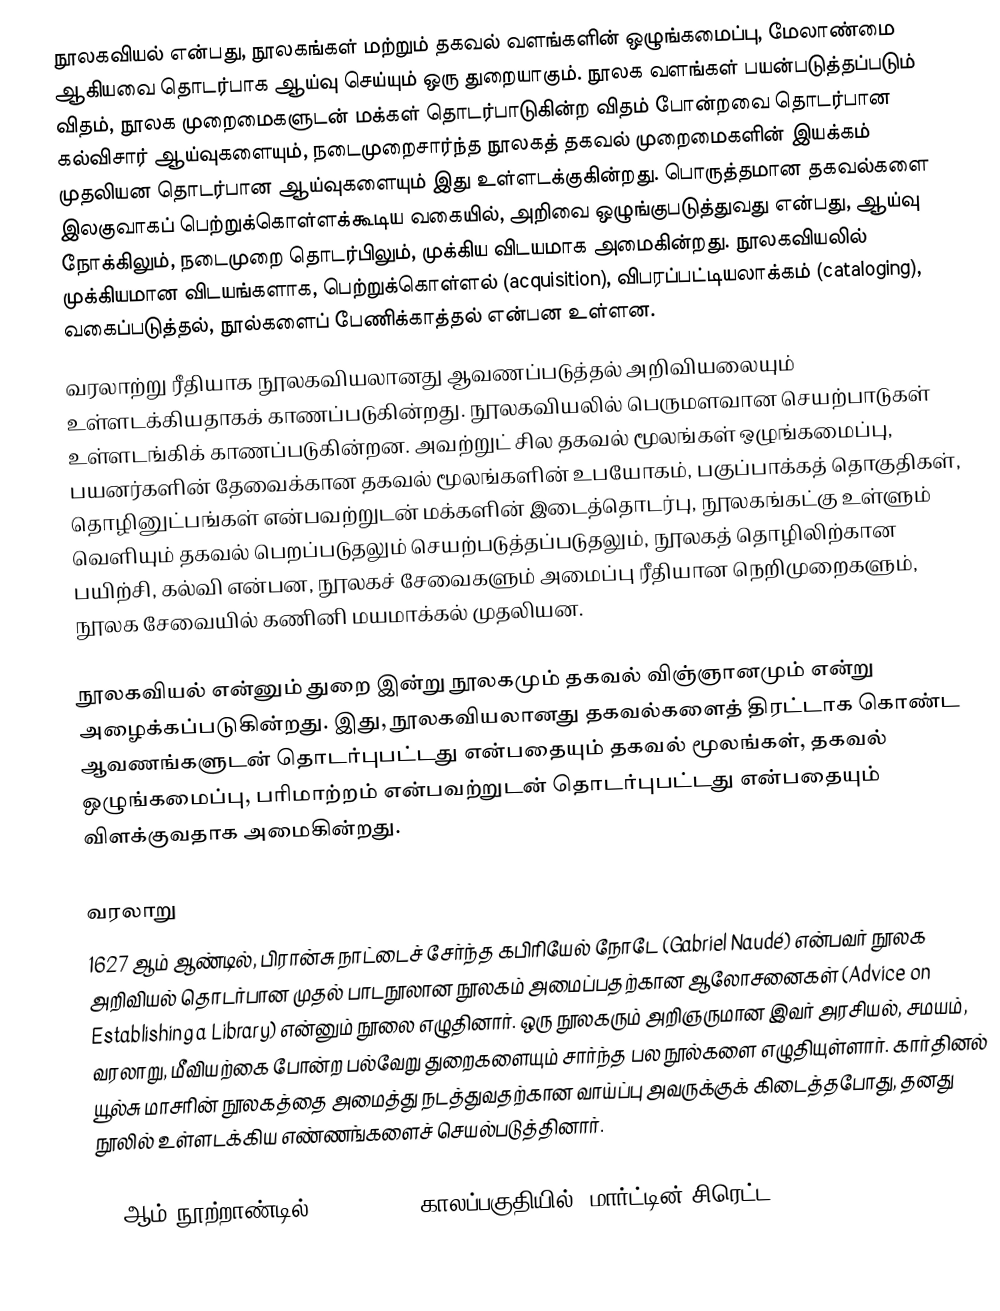
நூலகவியல் என்பது, நூலகங்கள் மற்றும் தகவல் வளங்களின் ஒழுங்கமைப்பு, மேலாண்மை ஆகியவை தொடர்பாக ஆய்வு செய்யும் ஒரு துறையாகும். நூலக வளங்கள் பயன்படுத்தப்படும் விதம், நூலக முறைமைகளுடன் மக்கள் தொடர்பாடுகின்ற விதம் போன்றவை தொடர்பான கல்விசார் ஆய்வுகளையும், நடைமுறைசார்ந்த நூலகத் தகவல் முறைமைகளின் இயக்கம் முதலியன தொடர்பான ஆய்வுகளையும் இது உள்ளடக்குகின்றது. பொருத்தமான தகவல்களை இலகுவாகப் பெற்றுக்கொள்ளக்கூடிய வகையில், அறிவை ஒழுங்குபடுத்துவது என்பது, ஆய்வு நோக்கிலும், நடைமுறை தொடர்பிலும், முக்கிய விடயமாக அமைகின்றது. நூலகவியலில் முக்கியமான விடயங்களாக, பெற்றுக்கொள்ளல் (acquisition), விபரப்பட்டியலாக்கம் (cataloging), வகைப்படுத்தல், நூல்களைப் பேணிக்காத்தல் என்பன உள்ளன.
வரலாற்று ரீதியாக நூலகவியலானது ஆவணப்படுத்தல் அறிவியலையும் உள்ளடக்கியதாகக் காணப்படுகின்றது. நூலகவியலில் பெருமளவான செயற்பாடுகள் உள்ளடங்கிக் காணப்படுகின்றன. அவற்றுட் சில தகவல் மூலங்கள் ஒழுங்கமைப்பு, பயனர்களின் தேவைக்கான தகவல் மூலங்களின் உபயோகம், பகுப்பாக்கத் தொகுதிகள், தொழினுட்பங்கள் என்பவற்றுடன் மக்களின் இடைத்தொடர்பு, நூலகங்கட்கு உள்ளும் வெளியும் தகவல் பெறப்படுதலும் செயற்படுத்தப்படுதலும், நூலகத் தொழிலிற்கான பயிற்சி, கல்வி என்பன,  நூலகச் சேவைகளும் அமைப்பு ரீதியான நெறிமுறைகளும், நூலக சேவையில் கணினி மயமாக்கல் முதலியன.

நூலகவியல் என்னும் துறை இன்று நூலகமும் தகவல் விஞ்ஞானமும் என்று அழைக்கப்படுகின்றது. இது, நூலகவியலானது தகவல்களைத் திரட்டாக கொண்ட ஆவணங்களுடன் தொடர்புபட்டது என்பதையும் தகவல் மூலங்கள், தகவல் ஒழுங்கமைப்பு, பரிமாற்றம் என்பவற்றுடன் தொடர்புபட்டது என்பதையும் விளக்குவதாக அமைகின்றது.

வரலாறு
1627 ஆம் ஆண்டில், பிரான்சு நாட்டைச் சேர்ந்த கபிரியேல் நோடே (Gabriel Naudé) என்பவர் நூலக அறிவியல் தொடர்பான முதல் பாடநூலான நூலகம் அமைப்பதற்கான ஆலோசனைகள் (Advice on Establishing a Library) என்னும் நூலை எழுதினார். ஒரு நூலகரும் அறிஞருமான இவர் அரசியல், சமயம், வரலாறு, மீவியற்கை போன்ற பல்வேறு துறைகளையும் சார்ந்த பல நூல்களை எழுதியுள்ளார். கார்தினல் யூல்சு மாசரின் நூலகத்தை அமைத்து நடத்துவதற்கான வாய்ப்பு அவருக்குக் கிடைத்தபோது, தனது நூலில் உள்ளடக்கிய எண்ணங்களைச் செயல்படுத்தினார்.

19 ஆம் நூற்றாண்டில் 1808 - 1829 காலப்பகுதியில், மார்ட்டின் சிரெட்ட